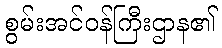
စွမ်းအင်ဝန်ကြီးဌာန၏